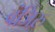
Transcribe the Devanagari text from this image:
वंजिरु